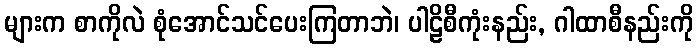
များက စာကိုလဲ စုံအောင်သင်ပေးကြတာဘဲ၊ ပါဠိစီကုံးနည်း, ဂါထာစီနည်းကို